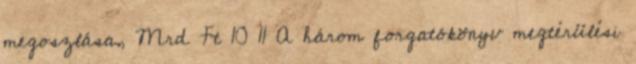
megoszlása, Mrd Ft 10 11 A három forgatókönyv megtérülési